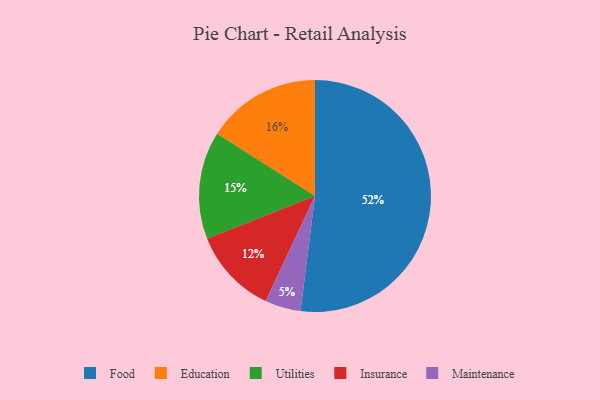
{"axis": {"x": "Category", "y": "Percentage"}, "legend": ["Education", "Food", "Insurance", "Maintenance", "Utilities"], "data": [{"x": "Maintenance", "y": 5, "type": "Maintenance"}, {"x": "Insurance", "y": 12, "type": "Insurance"}, {"x": "Utilities", "y": 15, "type": "Utilities"}, {"x": "Food", "y": 52, "type": "Food"}, {"x": "Education", "y": 16, "type": "Education"}]}